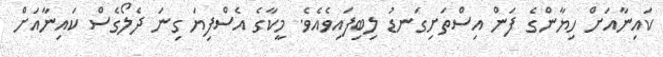
ކައިނާއަށް ހިޔާންގެ ފަން އިސްތަށިގަނޑު ލިބިފައިވެއެވެ. މީކާގެ އެސްފިޔަ ގިނަ ދެލޯގެސް ކައިނާއަށް